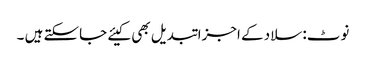
نوٹ: سلاد کے اجزا تبدیل بھی کیئے جاسکتے ہیں ۔